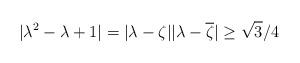
LaTeX: \begin{align*}|\lambda^2 - \lambda +1 | & = |\lambda - \zeta||\lambda - \overline{\zeta}| \geq \sqrt{3}/4\end{align*}